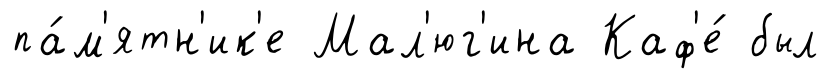
па́м'ятн'ик'е Мал'юг'ина Каф'е́ был